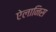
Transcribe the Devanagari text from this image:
ऐलानिस